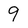
Character: 9